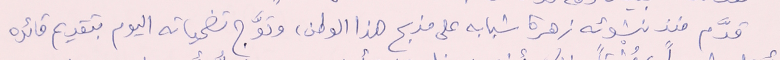
قدَّم منذ نشوئه زهرة شبابه على مذبح هذا الوطن، وتوَّج تضحياته اليوم بتقديم قائده